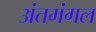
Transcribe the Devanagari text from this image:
अंतमंगल